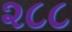
૨૮૮